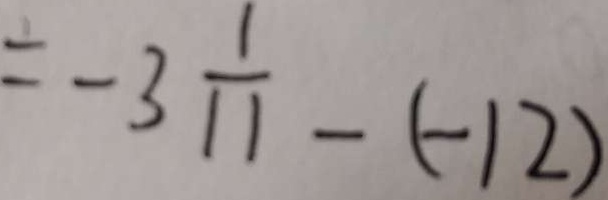
= - 3 \frac { 1 } { 1 1 } - ( - 1 2 )